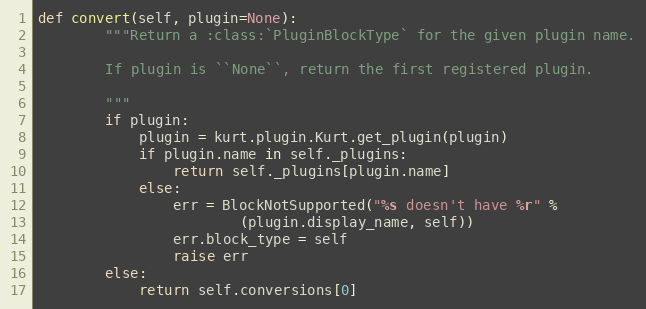
Language: Python
def convert(self, plugin=None):
        """Return a :class:`PluginBlockType` for the given plugin name.

        If plugin is ``None``, return the first registered plugin.

        """
        if plugin:
            plugin = kurt.plugin.Kurt.get_plugin(plugin)
            if plugin.name in self._plugins:
                return self._plugins[plugin.name]
            else:
                err = BlockNotSupported("%s doesn't have %r" %
                        (plugin.display_name, self))
                err.block_type = self
                raise err
        else:
            return self.conversions[0]